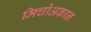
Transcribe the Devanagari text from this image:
मिचोअकान